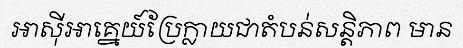
អាស៊ីអាគ្នេយ៍ប្រែក្លាយជាតំបន់សន្តិភាព មាន